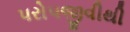
પરોપજીવીથી